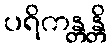
ပရိကန္တန္တိ